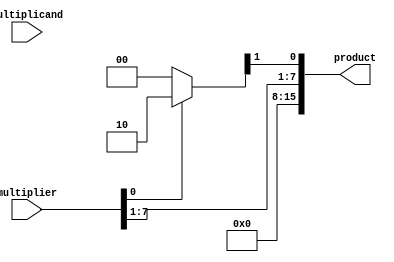
module booth_multiplier (
    input [7:0] multiplicand,
    input [7:0] multiplier,
    output reg [15:0] product
);

reg [7:0] ac;
reg [16:0] qr;
reg qn, qn_1;
reg [3:0] count;

always @(*) begin
    ac = 8'b0;
    qr = {multiplier, 8'b0};

    for (count=0; count<8; count=count+1) begin
        qn = qr[0];
        qn_1 = qr[1];

        if (qn == 1 && qn_1 == 0)
            ac = ac + multiplicand;
        else if (qn == 0 && qn_1 == 1)
            ac = ac - multiplicand;

        if (qr[0] == qr[1])
            qr = {qr[15], qr};
        else if ((qr[1] == 1 && qr[0] == 0) || (qr[1] == 0 && qr[0] == 1))
            qr = {qr[15], ac, qr};

        qr = qr >> 1;
    end

    product = qr[15:0];
end

endmodule